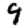
Digit: 9